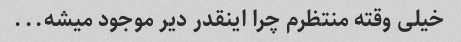
خیلی وقته منتظرم چرا اینقدر دیر موجود میشه...